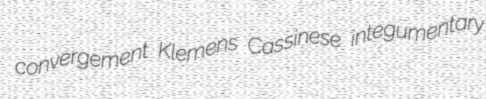
convergement Klemens Cassinese integumentary